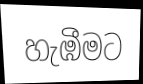
හැඹීමට